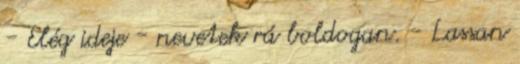
- Elég ideje - nevetek rá boldogan. - Lassan